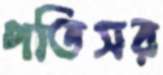
পতিসর